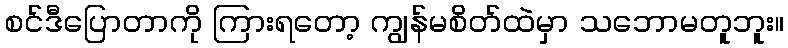
စင်ဒီပြောတာကို ကြားရတော့ ကျွန်မစိတ်ထဲမှာ သဘောမတူဘူး။